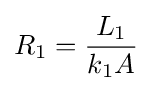
R_{1}={\frac {L_{1}}{k_{1}A}}